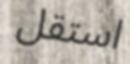
استقل